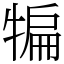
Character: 犏